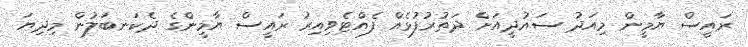
ރައީސް ޔާމީން މިއަދު ސައުދީއަށް ދަތުރުފުޅެއް ފެއްޓެވިއިރު ރައީސް ޔާމީންގެ ދެކަނބަލުން މިދިޔަ